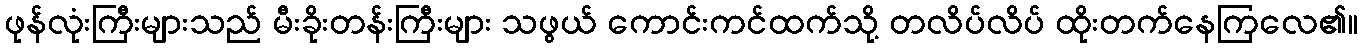
ဖုန်လုံးကြီးများသည် မီးခိုးတန်းကြီးများ သဖွယ် ကောင်းကင်ထက်သို့ တလိပ်လိပ် ထိုးတက်နေကြလေ၏။